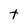
Character: t